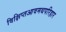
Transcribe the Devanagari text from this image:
विक्षिप्तआवमथपरिहार